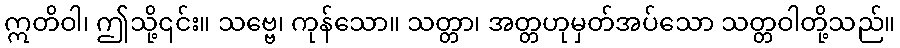
ဣတိဝါ၊ ဤသို့၎င်း။ သဗ္ဗေ၊ ကုန်သော။ သတ္တာ၊ အတ္တဟုမှတ်အပ်သော သတ္တဝါတို့သည်။